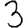
Digit: 3